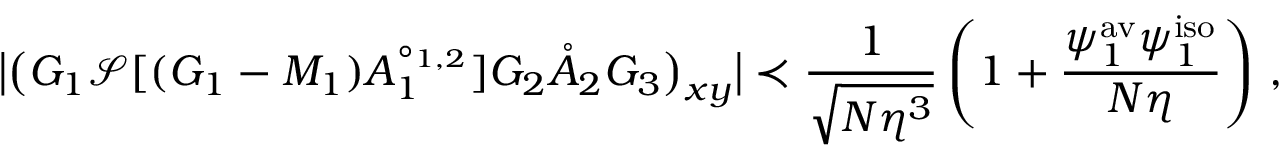
\big \vert \big ( G _ { 1 } \mathcal { S } [ ( G _ { 1 } - M _ { 1 } ) A _ { 1 } ^ { \circ _ { 1 , 2 } } ] G _ { 2 } \mathring { A } _ { 2 } G _ { 3 } \big ) _ { \boldsymbol { x } \boldsymbol { y } } \big \vert \prec \frac { 1 } { \sqrt { N \eta ^ { 3 } } } \left( 1 + \frac { \psi _ { 1 } ^ { \mathrm { a v } } \psi _ { 1 } ^ { \mathrm { i s o } } } { N \eta } \right) \, ,